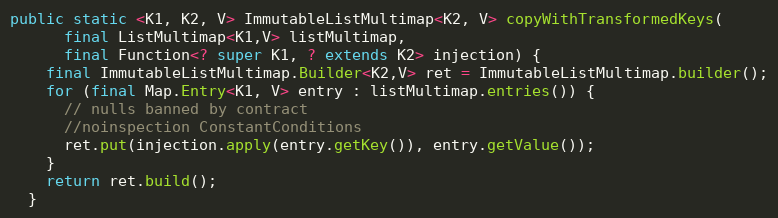
Language: Java
public static <K1, K2, V> ImmutableListMultimap<K2, V> copyWithTransformedKeys(
      final ListMultimap<K1,V> listMultimap,
      final Function<? super K1, ? extends K2> injection) {
    final ImmutableListMultimap.Builder<K2,V> ret = ImmutableListMultimap.builder();
    for (final Map.Entry<K1, V> entry : listMultimap.entries()) {
      // nulls banned by contract
      //noinspection ConstantConditions
      ret.put(injection.apply(entry.getKey()), entry.getValue());
    }
    return ret.build();
  }